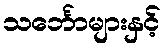
သင်္ဘောများနှင့်